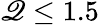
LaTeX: \mathscr{Q}\leq1.5